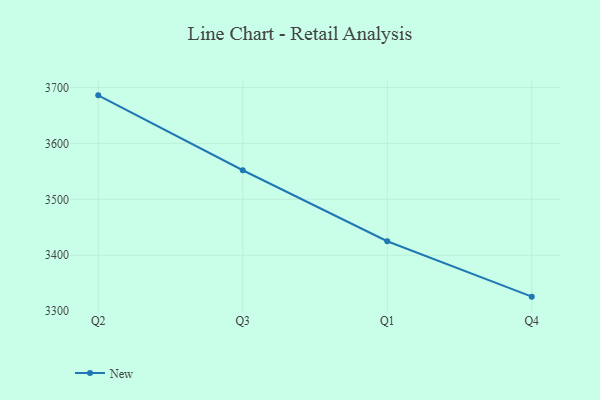
{"axis": {"x": "Quarter", "y": "Active Users"}, "legend": ["New"], "data": [{"x": "Q2", "y": 3685.8, "type": "New"}, {"x": "Q3", "y": 3551.9, "type": "New"}, {"x": "Q1", "y": 3425.1, "type": "New"}, {"x": "Q4", "y": 3326.0, "type": "New"}]}